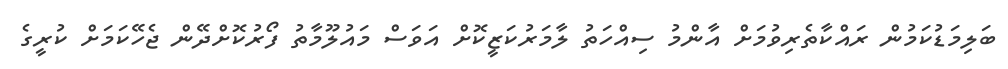
ބަލިމަޑުކަމުން ރައްކާތެރިވުމަށް އާންމު ސިއްހަތު ލާމަރުކަޒީކޮށް އަވަސް މައުލޫމާތު ފޯރުކޮށްދޭން ޖެހޭކަމަށް ކުރީގެ